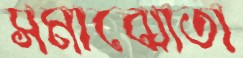
সমাঝোতা